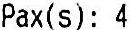
PAX(S): 4